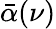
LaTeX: \bar{\alpha}(\nu)